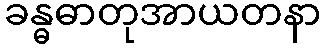
ခန္ဓဓာတုအာယတနာ